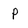
Character: P